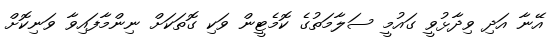
އޭނާ އަދި ވިދާޅުވީ ގައުމީ ސަލާމަތުގެ ކޮމެޓީން ވަކި ގޮތަކަށް ނިންމާފައިވާ ވަނިކޮށް